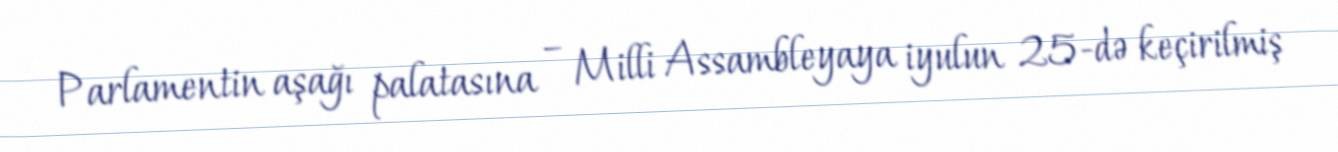
Parlamentin aşağı palatasına – Milli Assambleyaya iyulun 25-də keçirilmiş